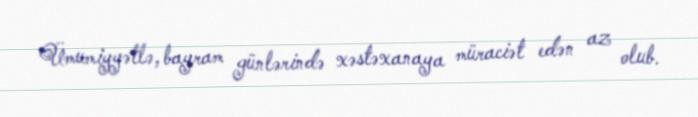
Ümumiyyətlə, bayram günlərində xəstəxanaya müraciət edən az olub.